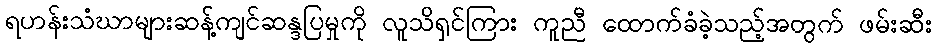
ရဟန်းသံဃာများဆန့်ကျင်ဆန္ဒပြမှုကို လူသိရှင်ကြား ကူညီ ထောက်ခံခဲ့သည့်အတွက် ဖမ်းဆီး